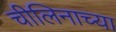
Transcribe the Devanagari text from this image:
चीलिनाच्या